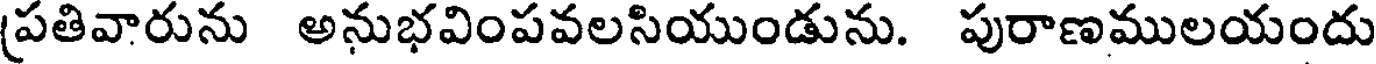
(పతివారును అనుభవింపవలసియుండును. పురాణములయందు